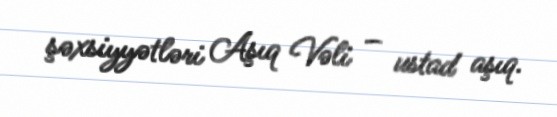
şəxsiyyətləri Aşıq Vəli – ustad aşıq.